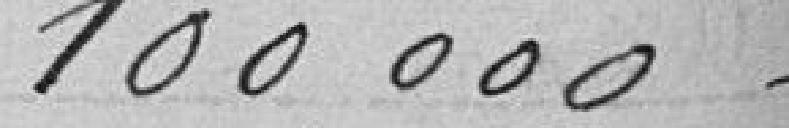
100000